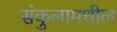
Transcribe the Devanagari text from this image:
संकुलामधील